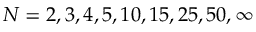
N = 2 , 3 , 4 , 5 , 1 0 , 1 5 , 2 5 , 5 0 , \infty